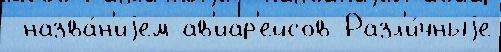
 назва́н'иjем ав'иар'ейсов Разл'и́чныjе